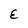
Character: E